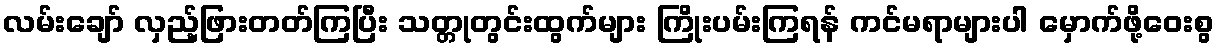
လမ်းချော် လှည့်ဖြားတတ်ကြပြီး သတ္တုတွင်းထွက်များ ကြိုးပမ်းကြရန် ကင်မရာများပါ မှောက်ဖို့ဝေးစွ